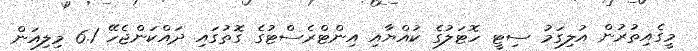
މީގެއިތުރުން އުލިގަމު ސިޓީ ހޮޓަލުގެ ކުއްޔާއި އިންޓްރެސްޓުގެ ގޮތުގައި ދައްކަންޖެހޭ 6.1 މިލިއަން